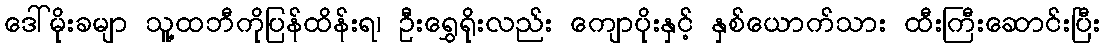
ဒေါ်မိုးခမျာ သူ့ထဘီကိုပြန်ထိန်းရ၊ ဦးရွှေရိုးလည်း ကျောပိုးနှင့် နှစ်ယောက်သား ထီးကြီးဆောင်းပြီး